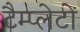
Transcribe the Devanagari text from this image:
टैम्प्लेटों